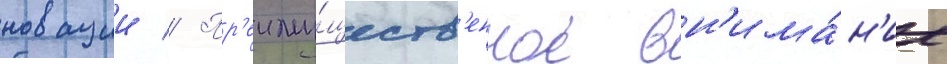
новации // Пр'еиму́ществ'енное вн'има́н'ие